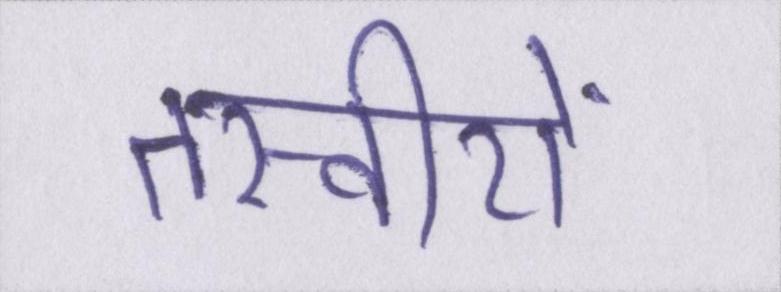
तस्वीरों